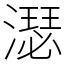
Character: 濏